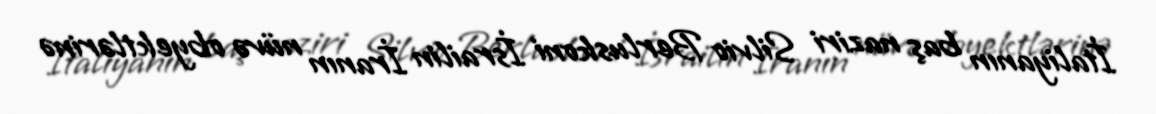
İtaliyanın baş naziri Silvio Berluskoni İsrailin İranın nüvə obyektlərinə